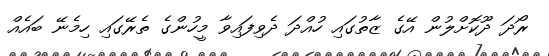
ރޯދަ ދޫކޮށްލުން އޭގެ ޒާތުގައި ހުއްދަ ދެވިފައިވާ މީހުންގެ ތެރޭގައި ހިމެނޭ ބައެއް